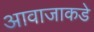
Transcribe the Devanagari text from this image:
आवाजाकडे